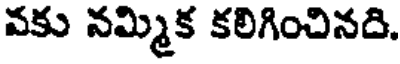
వకు నమ్మిక కలిగించినది.